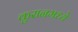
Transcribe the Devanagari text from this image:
कुरानमध्ये